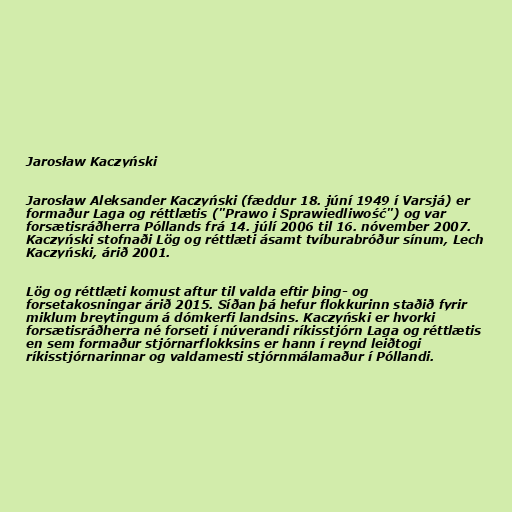
Jarosław Kaczyński

Jarosław Aleksander Kaczyński (fæddur 18. júní 1949 í Varsjá) er
formaður Laga og réttlætis ("Prawo i Sprawiedliwość") og var
forsætisráðherra Póllands frá 14. júlí 2006 til 16. nóvember 2007.
Kaczyński stofnaði Lög og réttlæti ásamt tvíburabróður sínum, Lech
Kaczyński, árið 2001.

Lög og réttlæti komust aftur til valda eftir þing- og
forsetakosningar árið 2015. Síðan þá hefur flokkurinn staðið fyrir
miklum breytingum á dómkerfi landsins. Kaczyński er hvorki
forsætisráðherra né forseti í núverandi ríkisstjórn Laga og réttlætis
en sem formaður stjórnarflokksins er hann í reynd leiðtogi
ríkisstjórnarinnar og valdamesti stjórnmálamaður í Póllandi.